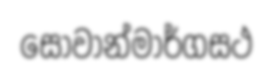
සෝවාන්මාර්ගසථ